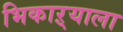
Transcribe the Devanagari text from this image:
भिकाऱ्याला